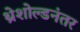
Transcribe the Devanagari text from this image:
थ्रेशोल्डनंतर